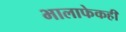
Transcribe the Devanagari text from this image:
भालाफेकही